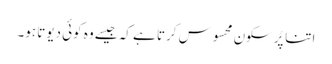
اتنا پُرسکون محسوس کرتا ہے کہ جیسے وہ کوئی دیوتا ہو۔